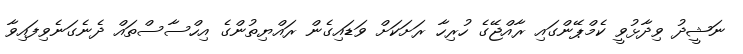
ނަޝީދު ވިދާޅުވީ ކެމްޕޭންގައި ރާއްޖޭގެ ހުރިހާ ރަށަކަށް ވަޑައިގެން ރައްޔިތުންގެ އިހްސާސްތައް ދެނެގަނެވިފައިވާ